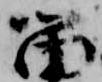
留